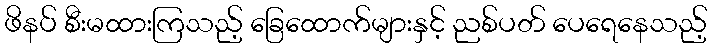
ဖိနပ် စီးမထားကြသည့် ခြေထောက်များနှင့် ညစ်ပတ် ပေရေနေသည့်